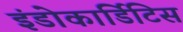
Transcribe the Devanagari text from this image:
इंडोकार्डिटिस